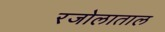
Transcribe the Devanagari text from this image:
रजोलाताल